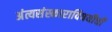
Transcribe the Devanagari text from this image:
अंत्यसंस्काराविषयीची